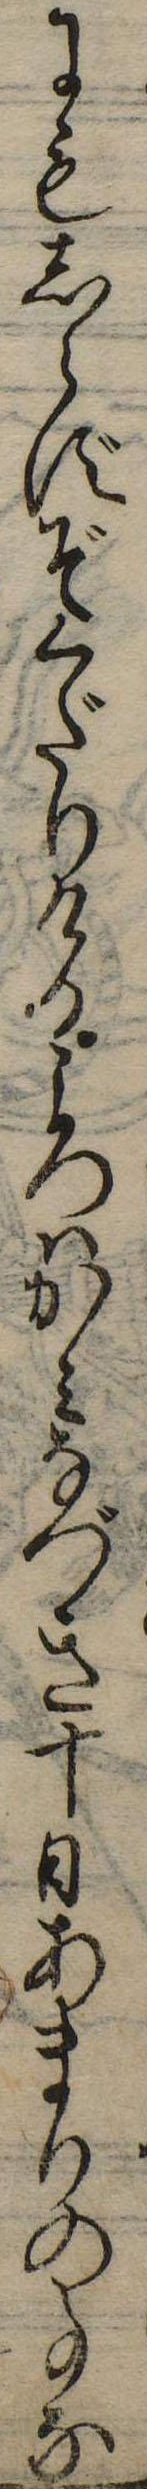
にもしらずぞくだりけるころはかみなづき十日あまりの事な